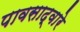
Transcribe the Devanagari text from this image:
पावसाद्वारे